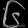
Digit: ၆